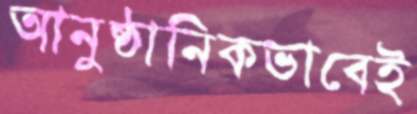
আনুষ্ঠানিকভাবেই